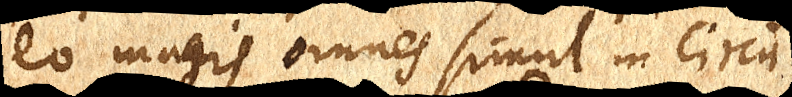
eo magis omnes simul in circu–